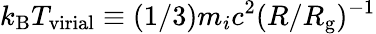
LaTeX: k_{\mathrm{B}}T_{\mathrm{virial}}\equiv(1/3)m_{i}c^{2}(R/R_{\mathrm{g}})^{-1}